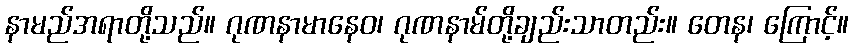
နာမည်အရာတို့သည်။ ဂုဏနာမာနေဝ၊ ဂုဏနာမ်တို့ချည်းသာတည်း။ တေန၊ ကြောင့်။